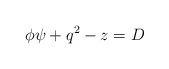
LaTeX: \begin{align*} \phi \psi + q^{2} - z=D\end{align*}